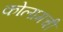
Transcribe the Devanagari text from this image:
कोलामची